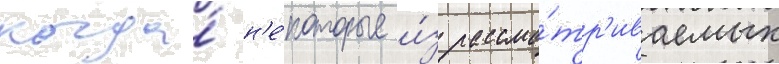
когда́ н'е́которые и́з рассма́тр'иваемых